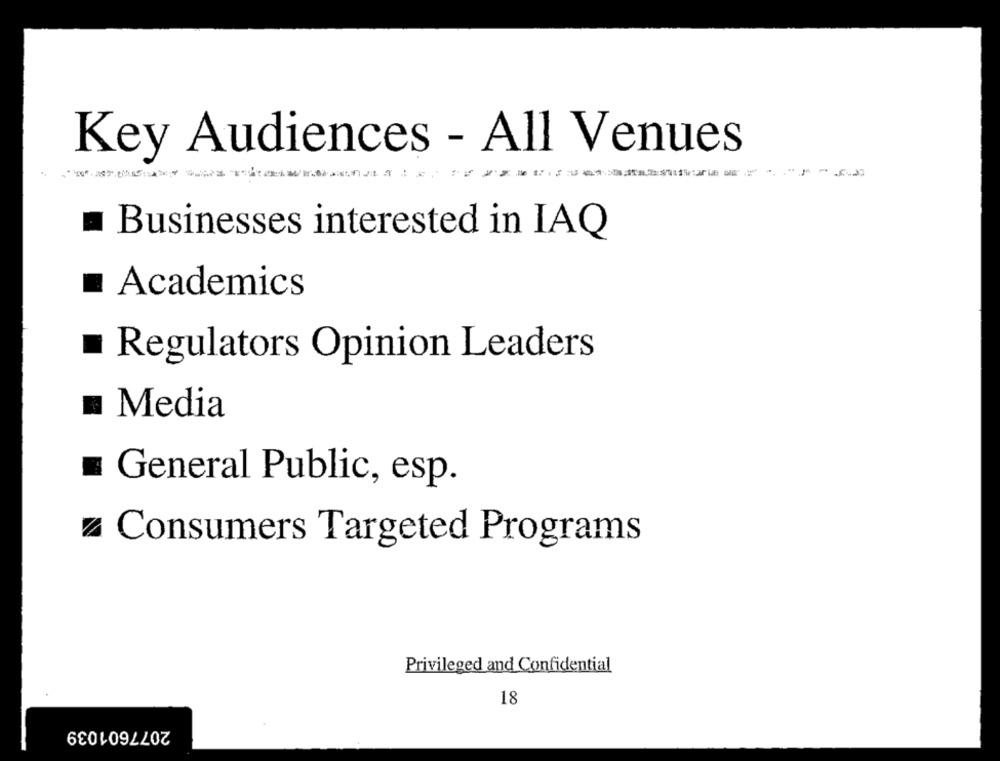
Key Audiences - All Venues
Businesses interested in IAQ
Academics
Regulators Opinion Leaders
Media
General Public, esp.
Consumers Targeted Programs
Privileged and Confidential
18
2077601039